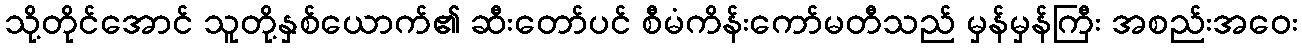
သို့တိုင်အောင် သူတို့နှစ်ယောက်၏ ဆီးတော်ပင် စီမံကိန်းကော်မတီသည် မှန်မှန်ကြီး အစည်းအဝေး